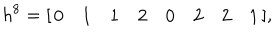
h ^ { 8 } = [ \begin{array} { c c c c c c c c } { { 0 } } & { { 1 } } & { { 1 } } & { { 2 } } & { { 0 } } & { { 2 } } & { { 2 } } & { { 1 } } \\ \end{array} ] ,